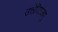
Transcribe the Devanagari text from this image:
उत्तेजितअणु